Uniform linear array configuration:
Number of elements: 12
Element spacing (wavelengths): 1
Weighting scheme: cosine
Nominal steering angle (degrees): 15
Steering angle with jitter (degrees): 14.549
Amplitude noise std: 0.05
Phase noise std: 0.05

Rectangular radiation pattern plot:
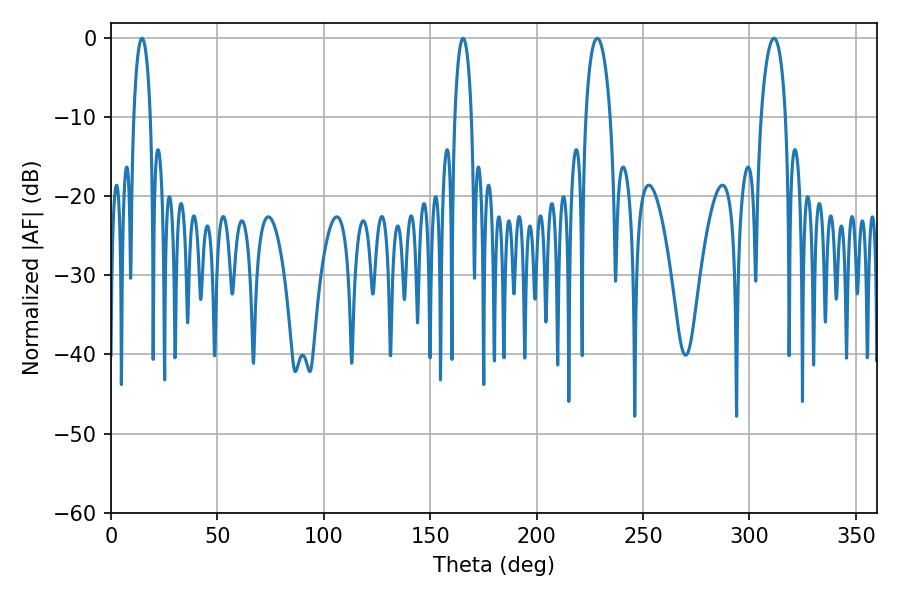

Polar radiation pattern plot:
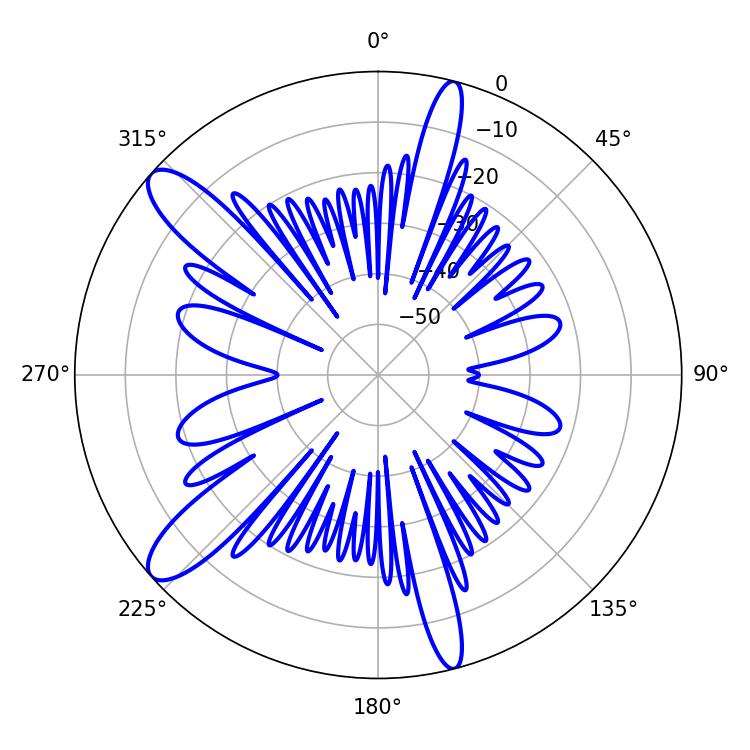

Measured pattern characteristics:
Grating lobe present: TRUE
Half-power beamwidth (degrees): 4.32
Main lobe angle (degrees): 14.58